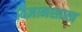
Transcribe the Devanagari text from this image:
विज्ञानशास्त्र